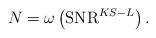
LaTeX: \begin{align*} N = \omega\left( \textrm{SNR}^{KS-L}\right).\end{align*}